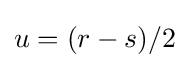
u=(r-s)/2